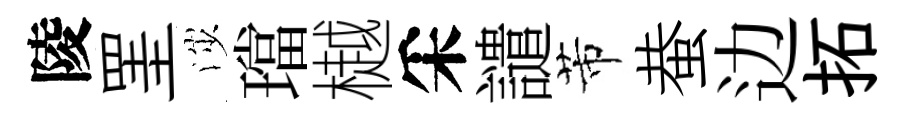
陵罣渉璫樾采譴芾蛬边拓